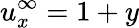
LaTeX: {u}_{x}^{\infty}=1+y